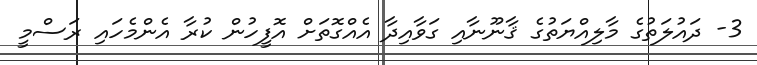
3- ދައުލަތުގެ މާލިއްޔަތުގެ ޤާނޫނާއި ގަވާއިދާ އެއްގޮތަށް އޮފީހުން ކުރާ އެންމެހައި ރަސްމީ